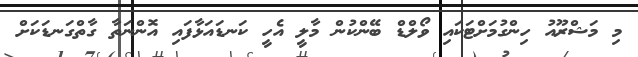
މި މަޝްރޫއު ހިންގުމަށްޓަކައި ވޯލްޑް ބޭންކުން މާލީ އެހީ ކަނޑައަޅާފައި އޮންނަތާ ގާތްގަނޑަކަށް